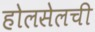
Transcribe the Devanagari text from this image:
होलसेलची